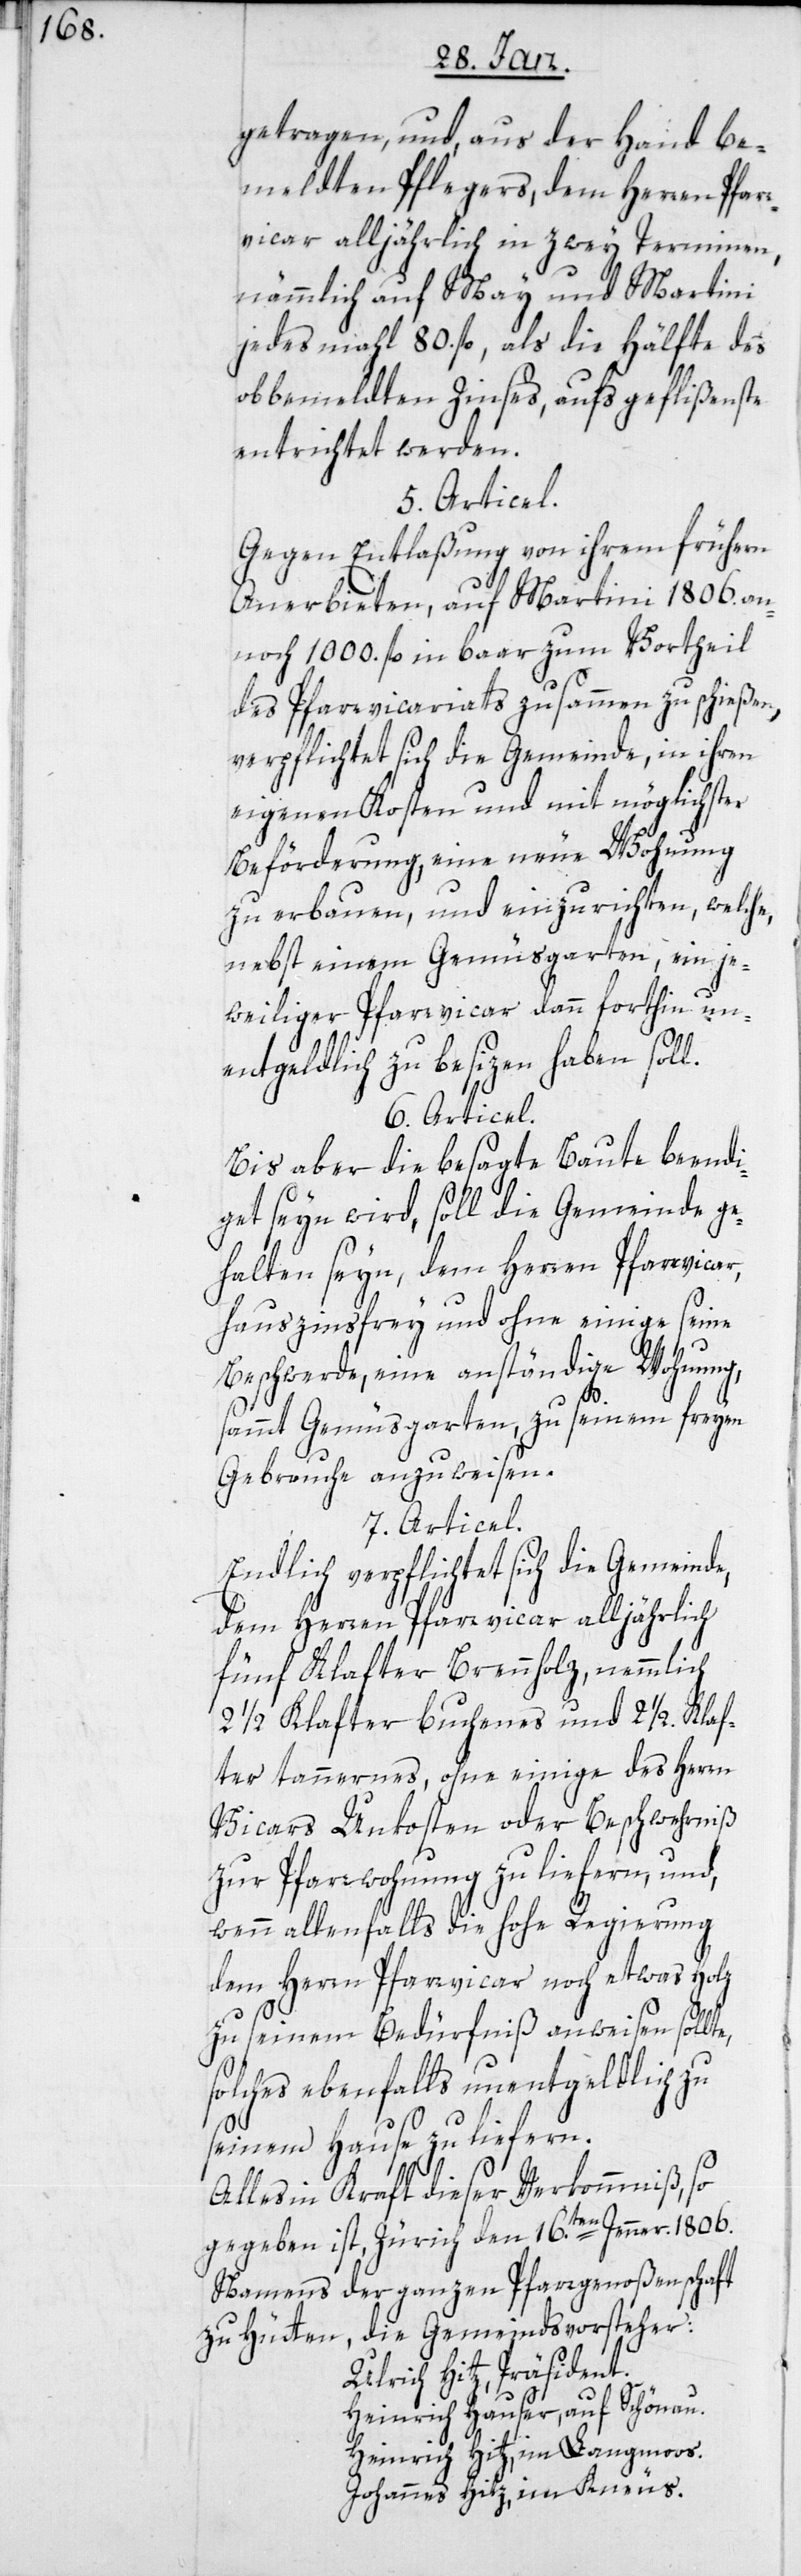
getragen, und, aus der Hand be¬
meldten Pflegers, dem Herren Pfar¬
rvicar alljährlixch in zwey Terminen,
nämmlich auf May und Martini
jedes mahl 80. fl., als die Hälfte des
obbemeldten Zinses, aufs geflißenste
entrichtet werden.
5. Articel.
Gegen Entlaßung von ihrem frühern
Anerbieten, auf Martini 1806. an¬
noch 1000 fl. in baar zum Vortheil
des Pfarrvicariats zusammen zu schießen,
verpflichtet sich die Gemeinde, in ihren
eigenen Kosten und mit möglichster
Beförderung, eine neue Wohnung
zu erbauen, und einzurichten, welche,
nebst einem Gemüsegarten, ein je¬
weiliger Pfarrvicar dann forthin un¬
entgeldlich zu besizen haben soll.
6. Articel.
Bis aber die besagte Baute beendi¬
get seyn wird, soll die Gemeinde ge¬
halten seyn, dem Herren Pfarrvicar,
hauszinsfrey und ohne einige seine
Beschwerde, eine anständige Wohnung,
sammt Gemüsgarten, zu seinem freyen
Gebrauche anzuweisen.
7. Articel.
Endlich verpflichtet sich die Gemeinde,
dem Herren Pfarrvicar alljährlich
fünf Klafter Brennholz, nemmlich
21/2 Klafter Buchenes und 21/2. Klaf¬
ter tannernes, ohne einige des Herrn
Vicars Unkosten oder Beschwerniß
zur Pfarrwohnung zu liefern, und,
wenn allenfalls die hohe Regierung
dem Herrn Pfarrvicar noch etwas Holz
zu seinem Bedürfniß anweisen sollte,
solches ebenfalls unentgeldlich zu
seinem Hause zu liefern.
Alles in Kraft dieser Verkommniß, so
gegeben ist, Zürich den 16.ten Jenner. 1806.
Namens der ganzen Pfarrgenoßenschaft
zu Hütten, die Gemeindsvorsteher:
Ulrich Hitz, Präsident.
Heinrich Hauser, auf Schönau.
Heinrich Hitz, im Langmoos.
Johannes Hitz, im Kneus.